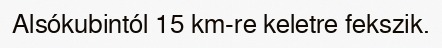
Alsókubintól 15 km-re keletre fekszik.